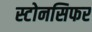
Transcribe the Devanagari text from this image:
स्टोनसिफर